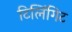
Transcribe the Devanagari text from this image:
टिलिंगिट